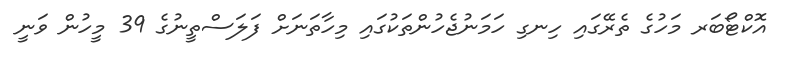
އޮކްޓޯބަރ މަހުގެ ތެރޭގައި ހިނގި ހަމަނުޖެހުންތަކުގައި މިހާތަނަށް ފަލަސްތީނުގެ 39 މީހުން ވަނީ